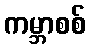
ကမ္ဘာစစ်